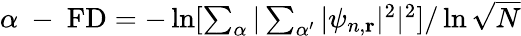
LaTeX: \begin{array}{r}{\alpha\mathrm{~-~}\mathrm{FD}=-\ln[\sum_{\alpha}|\sum_{\alpha^{\prime}}|\psi_{n,\mathbf{r}}|^{2}|^{2}]/\ln{\sqrt{N}}}\end{array}